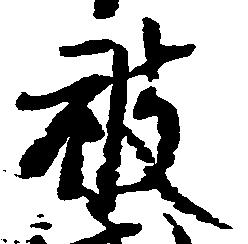
被